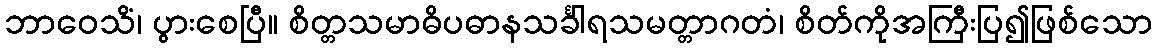
ဘာဝေသိံ၊ ပွားစေပြီ။ စိတ္တသမာဓိပဓာနသင်္ခါရသမတ္တာဂတံ၊ စိတ်ကိုအကြီးပြ၍ဖြစ်သော